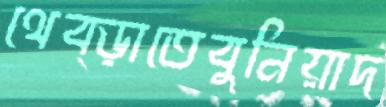
থেব্‌ড়াতেবুনিয়াদ